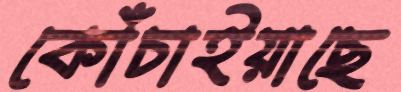
কোঁচাইয়াছে